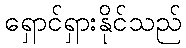
ရှောင်ရှားနိုင်သည်